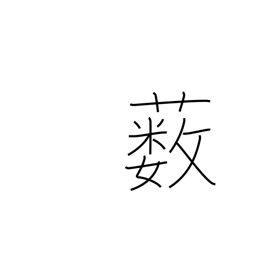
Meaning: underbrush